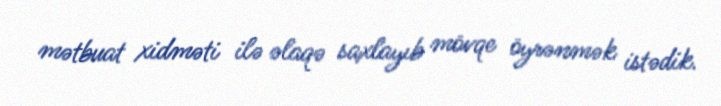
mətbuat xidməti ilə əlaqə saxlayıb mövqe öyrənmək istədik.